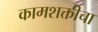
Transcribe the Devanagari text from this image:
कामशक्तीचा